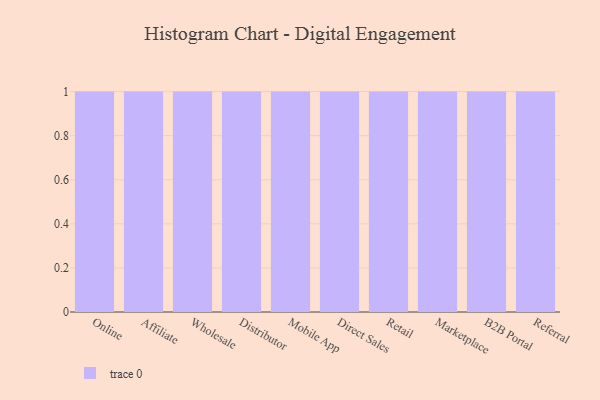
{"axis": {"x": "Channel", "y": "Revenue (USD Million)"}, "legend": [""], "data": [{"x": "Online", "y": 88, "type": ""}, {"x": "Affiliate", "y": 65, "type": ""}, {"x": "Wholesale", "y": 73, "type": ""}, {"x": "Distributor", "y": 38, "type": ""}, {"x": "Mobile App", "y": 80, "type": ""}, {"x": "Direct Sales", "y": 43, "type": ""}, {"x": "Retail", "y": 23, "type": ""}, {"x": "Marketplace", "y": 55, "type": ""}, {"x": "B2B Portal", "y": 34, "type": ""}, {"x": "Referral", "y": 87, "type": ""}]}